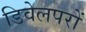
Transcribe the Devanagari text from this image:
डिवेलपरों